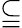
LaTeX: \subseteqq